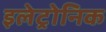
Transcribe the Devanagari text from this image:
इलेट्रोनिक